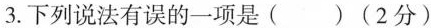
3.下列说法有误的一项是( )(2分)